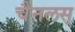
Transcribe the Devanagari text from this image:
चैनलस्